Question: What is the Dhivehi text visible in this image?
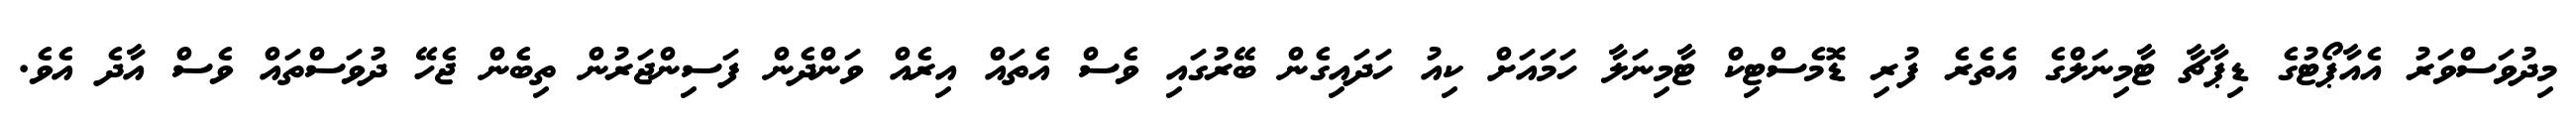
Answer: މިދުވަސްވަރު އެއާޕޯޓުގެ ޑިޕާޗާ ޓާމިނަލްގެ އެތެރެ ފުރި ޑޮމެސްޓިކް ޓާމިނަލާ ހަމައަށް ކިއު ހަދައިގެން ބޭރުގައި ވެސް އެތައް އިރެއް ވަންދެން ފަސިންޖަރުން ތިބެން ޖެހޭ ދުވަސްތައް ވެސް އާދެ އެވެ.